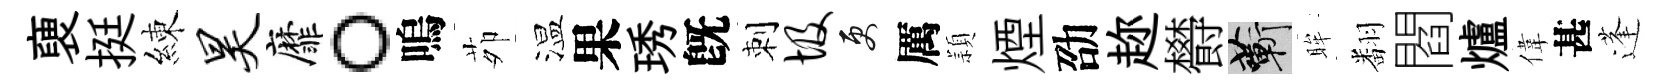
褏挺練昊靡。嗚茆温果琇旣刺圾更厲頴煙劭趂欎蔪眸翻閻爐偉甚蓬